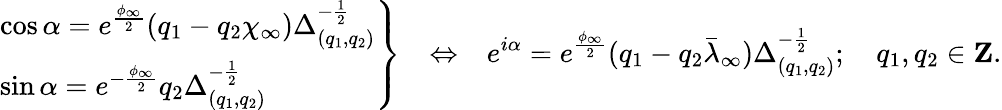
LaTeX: \left.\begin{array}{l}{{\cos\alpha=e^{\frac{\phi_{\infty}}{2}}(q_{1}-q_{2}\chi_{\infty})\Delta_{(q_{1},q_{2})}^{-{\frac{1}{2}}}}}\\ {{\sin\alpha=e^{-{\frac{\phi_{\infty}}{2}}}q_{2}\Delta_{(q_{1},q_{2})}^{-{\frac{1}{2}}}}}\end{array}\right\} \ \ \ \Leftrightarrow\ \ \ e^{i\alpha}=e^{\frac{\phi_{\infty}}{2}}(q_{1}-q_{2}\bar{\lambda}_{\infty})\Delta_{(q_{1},q_{2})}^{-{\frac{1}{2}}};\ \ \ \ q_{1},q_{2}\in{\mathbf Z}.